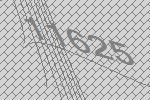
11625